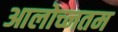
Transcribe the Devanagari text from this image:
आलोच्नतम